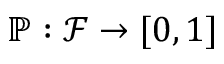
\mathbb { P } : \mathscr { F } \rightarrow [ 0 , 1 ]